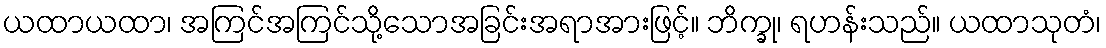
ယထာယထာ၊ အကြင်အကြင်သို့သောအခြင်းအရာအားဖြင့်။ ဘိက္ခု၊ ရဟန်းသည်။ ယထာသုတံ၊